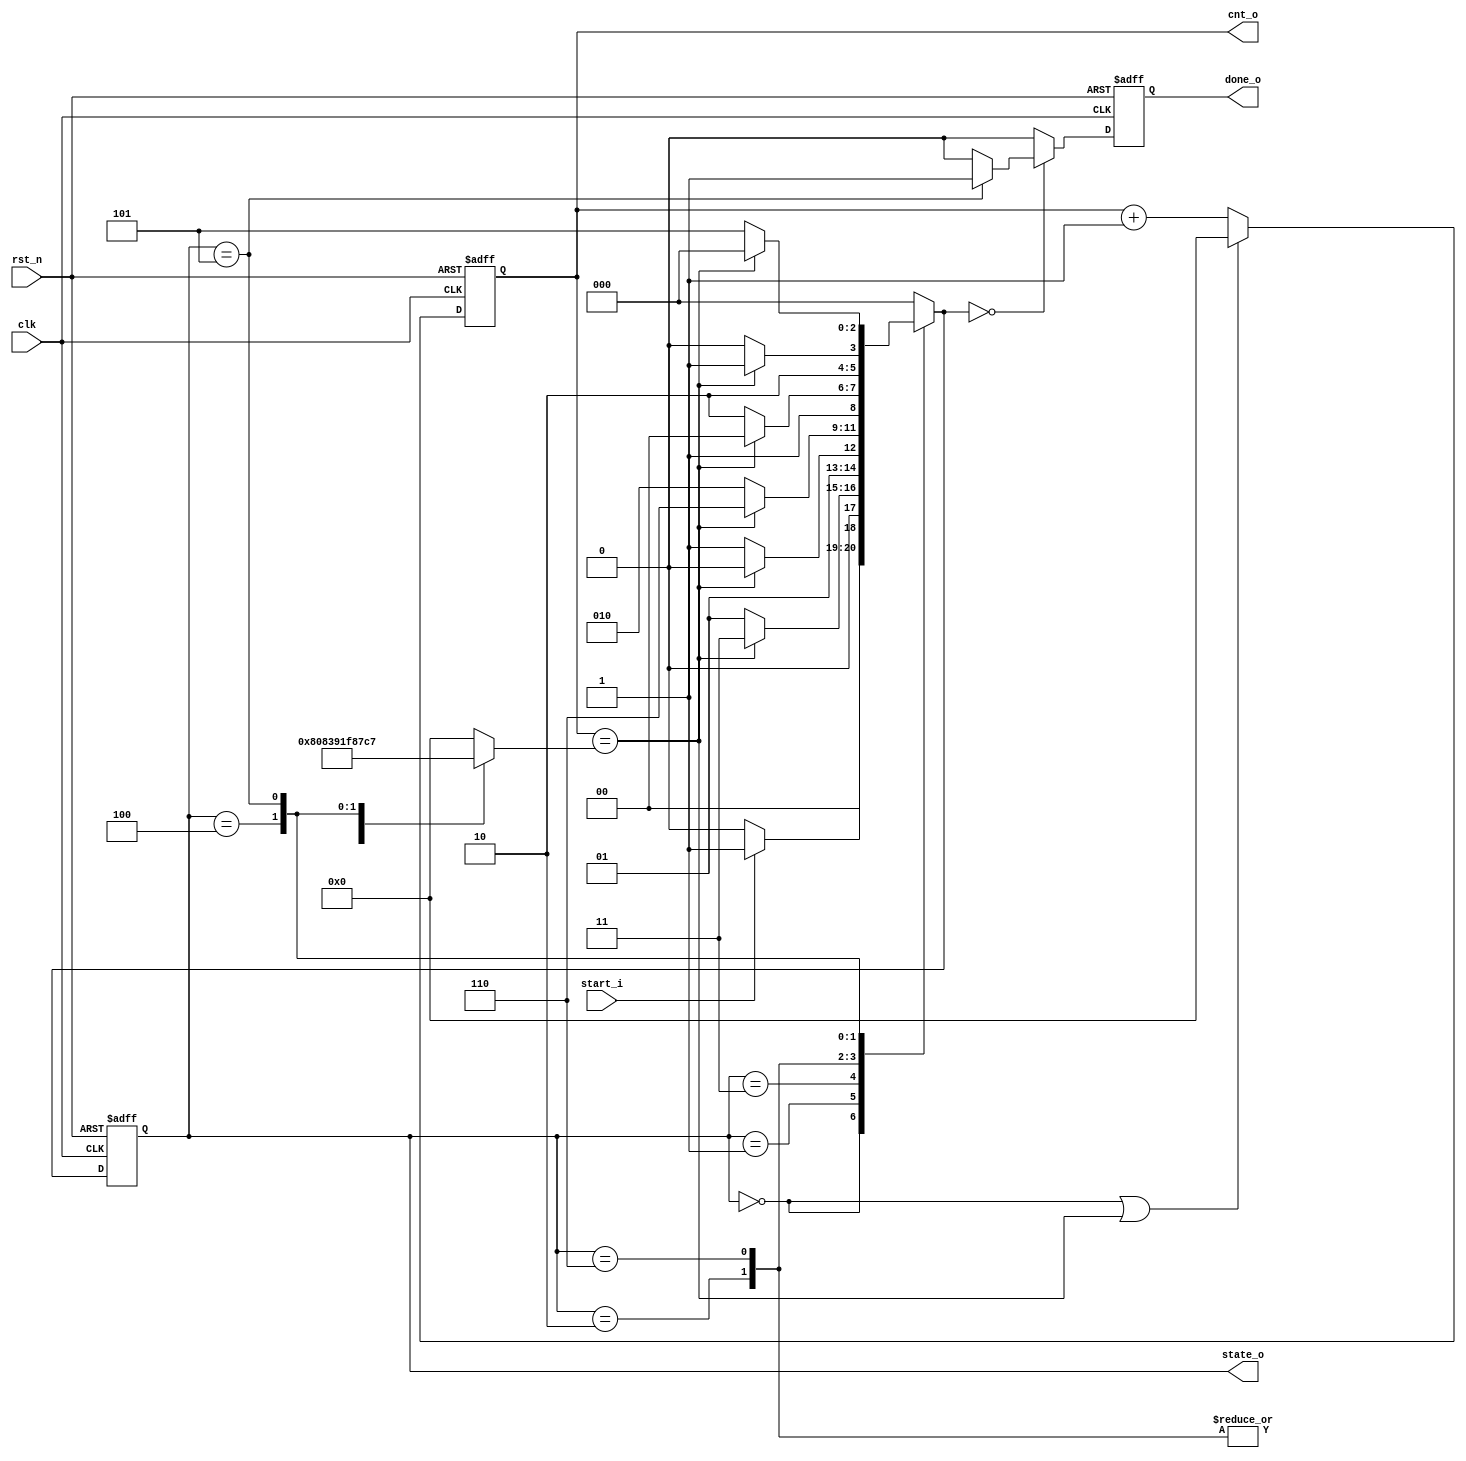
module dbsao_controller(
            clk                 ,
            rst_n               ,
            start_i             ,

            done_o              ,
            cnt_o               ,
            state_o             
);

//***************************************************
//
//      Input / Output Declaration 
//
//****************************************************/

input                   clk, rst_n      ;
input                   start_i         ;

output  reg             done_o          ; // db and sao statistics finished 
output  reg     [8:0]   cnt_o           ; // 
output  reg     [2:0]   state_o         ; // state machine
// output  reg          y_done_o        ; // dbf luma finished
// output  reg          u_done_o        ; // dbf chroma-u finished
// output  reg          v_done_o        ; // dbf chroma-v finished

//***************************************************
// 
//          Parameter Declaration 
//
//****************************************************
parameter IDLE = 3'b000, LOAD = 3'b001, DBY = 3'b011, DBU = 3'b010, DBV = 3'b110, SAO = 3'b100, OUT = 3'b101;

reg         [2:0]               next_state      ;
reg         [8:0]               cycles          ;

always @(*) begin 
    case ( state_o )
        LOAD    : cycles    = 9'd128     ;
        DBY     : cycles    = 9'd263     ;
        DBU     : cycles    = 9'd71      ;
        DBV     : cycles    = 9'd71      ;
        SAO     : cycles    = 9'd451     ;
        OUT     : cycles    = 9'd455     ;
        default : cycles    = 9'd0       ;
    endcase 
end

always @ ( posedge clk or negedge rst_n ) begin 
    if ( !rst_n ) 
        cnt_o       <= 9'd0         ;
    else if ( (state_o==IDLE) || (cnt_o == cycles ))
        cnt_o       <= 9'd0         ;
    else 
        cnt_o       <= cnt_o + 1'b1 ;
end 

always @ ( posedge clk or negedge rst_n ) begin 
    if ( !rst_n )
        state_o         <= IDLE                 ;
    else 
        state_o         <= next_state           ;
end 

always @ ( * ) begin 
    case ( state_o )
        IDLE : begin 
            if ( start_i )
                next_state      = LOAD     ;
            else 
                next_state      = IDLE     ;
            end
        LOAD : begin 
            if ( cnt_o == cycles )
                next_state      = DBY      ;
            else 
                next_state      = LOAD     ;
            end 
        DBY : begin 
            if ( cnt_o == cycles )
                next_state      = DBU      ;
            else 
                next_state      = DBY      ;
            end  
        DBU : begin 
            if ( cnt_o == cycles )
                next_state      = DBV      ;
            else 
                next_state      = DBU      ;
            end 
        DBV : begin 
            if ( cnt_o == cycles )
                next_state      = SAO      ;
            else 
                next_state      = DBV      ;
            end 
        SAO : begin 
            if ( cnt_o == cycles )
                next_state      = OUT     ;
            else 
                next_state      = SAO      ;
            end
        OUT : begin 
            if ( cnt_o == cycles )
                next_state      = IDLE     ;
            else 
                next_state      = OUT      ;
            end
        default : next_state      = IDLE   ;
    endcase 
end 

wire    done_w;
assign done_w = ( state_o == OUT ) ? 1'b1:1'b0 ;
always @ ( posedge clk or negedge rst_n ) begin 
    if ( !rst_n )
        done_o      <= 1'b0                 ;
    else if ( next_state == IDLE )
        done_o      <= done_w               ;
    else 
        done_o      <= 1'b0                 ;
end 

// assign y_done_o = (state_o == DBY) && (cnt_o == cycles);
// assign u_done_o = (state_o == DBU) && (cnt_o == cycles);
// assign v_done_o = (state_o == DBV) && (cnt_o == cycles);

endmodule